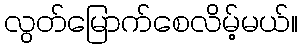
လွတ်မြောက်စေလိမ့်မယ်။